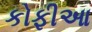
કોફીઆ